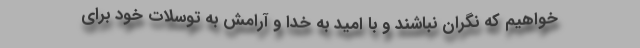
خواهیم که نگران نباشند و با امید به خدا و آرامش به توسلات خود برای